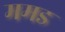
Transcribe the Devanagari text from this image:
ममड